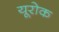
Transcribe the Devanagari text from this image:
यूरोक